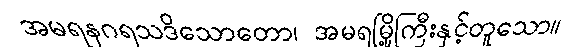
အမရနဂရသဒိသောတော၊ အမရမြို့ကြီးနှင့်တူသော။